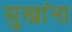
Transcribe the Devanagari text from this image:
सुखांना